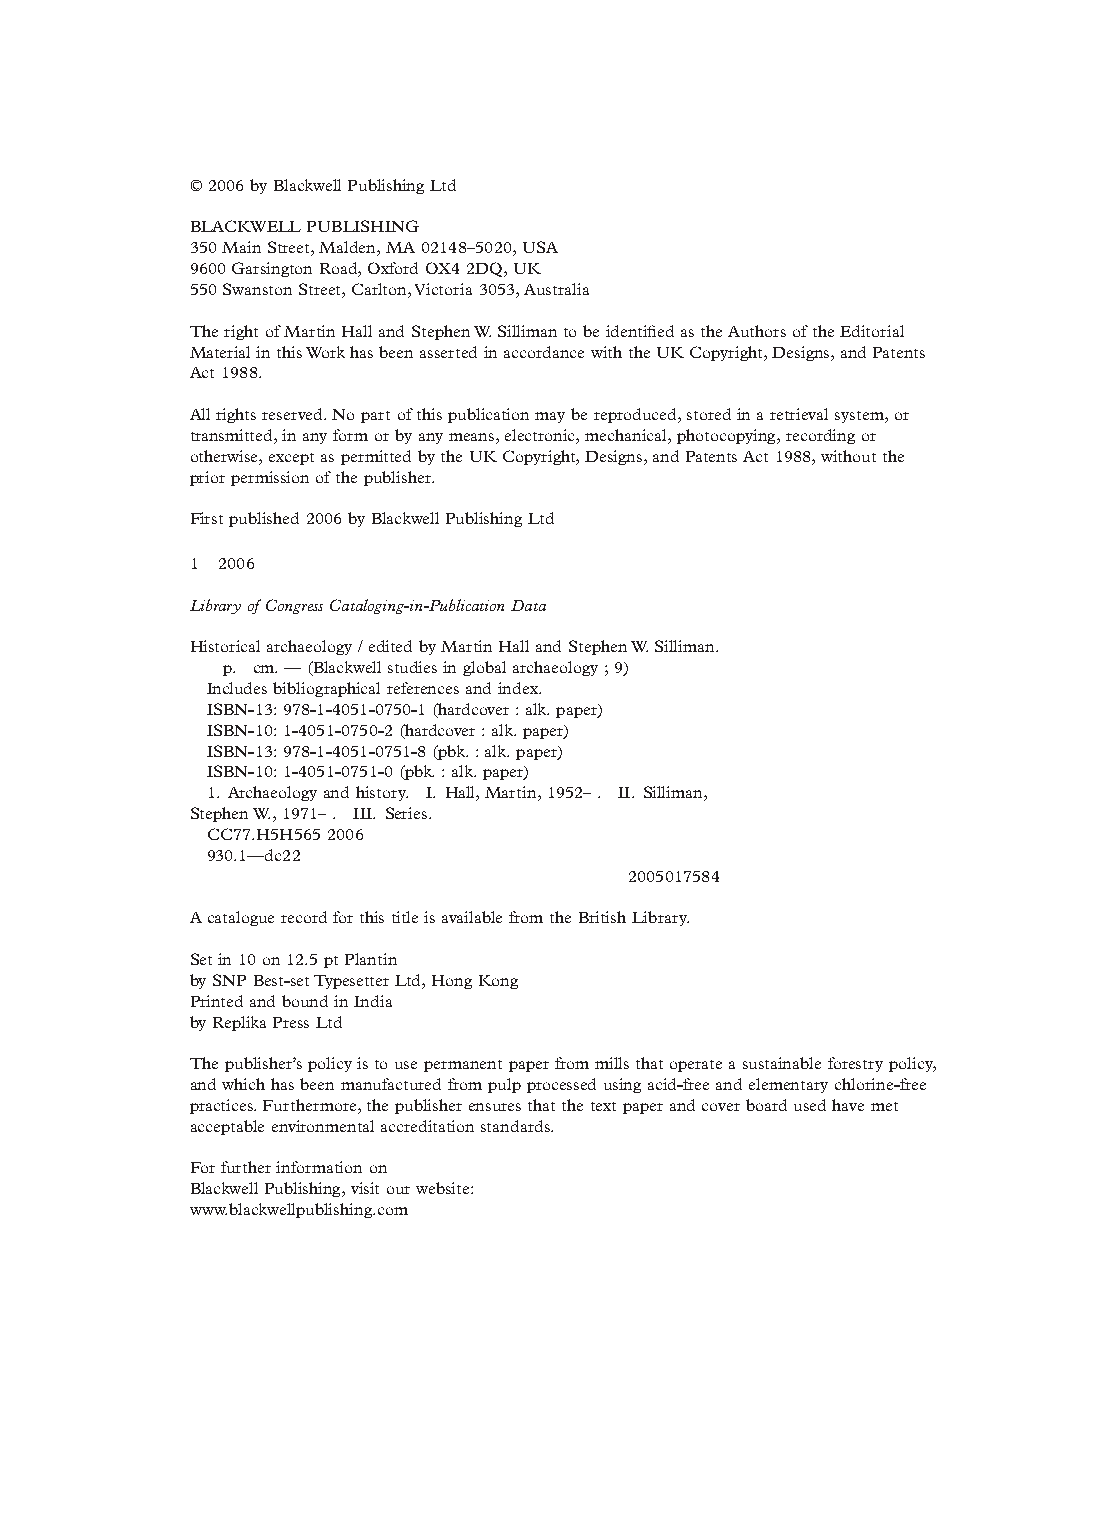
© 2006 by Blackwell Publishing Ltd
 BLACKWELL PUBLISHING
 350 Main Street, Malden, MA 02148–5020, USA
 9600 Garsington Road, Oxford OX4 2DQ, UK
 550 Swanston Street, Carlton, Victoria 3053, Australia
 The right of Martin Hall and Stephen W. Silliman to be identified as the Authors of the Editorial
 Material in this Work has been asserted in accordance with the UK Copyright, Designs, and Patents
 Act 1988.
 All rights reserved. No part of this publication may be reproduced, stored in a retrieval system, or
 transmitted, in any form or by any means, electronic, mechanical, photocopying, recording or
 otherwise, except as permitted by the UK Copyright, Designs, and Patents Act 1988, without the
 prior permission of the publisher.
 First published 2006 by Blackwell Publishing Ltd
 1 2006
 Library of Congress Cataloging-in-Publication Data
 Historical archaeology / edited by Martin Hall and Stephen W. Silliman.
 p. cm. — (Blackwell studies in global archaeology ; 9)
 Includes bibliographical references and index.
 ISBN-13: 978-1-4051-0750-1 (hardcover : alk. paper)
 ISBN-10: 1-4051-0750-2 (hardcover : alk. paper)
 ISBN-13: 978-1-4051-0751-8 (pbk. : alk. paper)
 ISBN-10: 1-4051-0751-0 (pbk. : alk. paper)
 1. Archaeology and history. I. Hall, Martin, 1952– . II. Silliman,
 Stephen W., 1971– . III. Series.
 CC77.H5H565 2006
 930.1—dc22
 2005017584
 A catalogue record for this title is available from the British Library.
 Set in 10 on 12.5 pt Plantin
 by SNP Best-set Typesetter Ltd, Hong Kong
 Printed and bound in India
 by Replika Press Ltd
 The publisher’s policy is to use permanent paper from mills that operate a sustainable forestry policy,
 and which has been manufactured from pulp processed using acid-free and elementary chlorine-free
 practices. Furthermore, the publisher ensures that the text paper and cover board used have met
 acceptable environmental accreditation standards.
 For further information on
 Blackwell Publishing, visit our website:
 www.blackwellpublishing.com